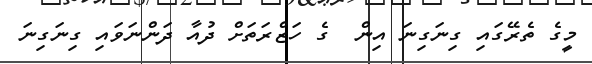
މީގެ ތެރޭގައި ގިނަގިނަ އިން  ގެ ހަޒްރަތަށް ދުއާ ދަންނަވައި ގިނަގިނަ